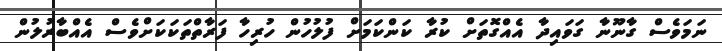
ނަމަވެސް ގާނޫނާ ގަވައިދާ އެއްގޮތަށް ކުރާ ކަންކަމަށް ފުލުހުން ހުރިހާ ފަރާތްތަކަކަށްވެސް އެއްބާރުލުން